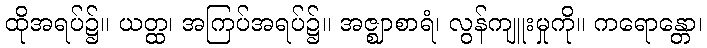
ထိုအရပ်၌။ ယတ္ထ၊ အကြပ်အရပ်၌။ အဇ္ဈာစာရံ၊ လွန်ကျူးမှုကို။ ကရောန္တော၊